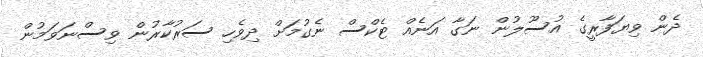
ދެން ވިޔަފާރީގެ އުސޫލުން ނަގާ އަނެއް ޓެކްސް ނެގުމަށް ދިވެހި ސަރުކާރުން ވިސްނަވަމުން